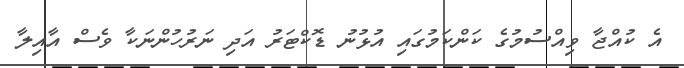
އެ ކުއްޖާ ވިއްސުމުގެ ކަންކަމުގައި އުޅުނު ޑޮކްޓަރު އަދި ނަރުހުންނަކާ ވެސް އާއިލާ